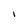
Character: l